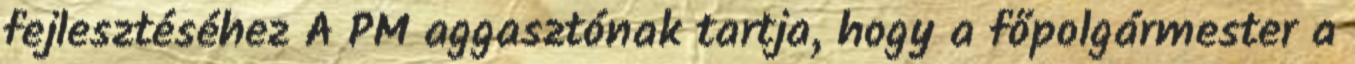
fejlesztéséhez A PM aggasztónak tartja, hogy a főpolgármester a